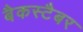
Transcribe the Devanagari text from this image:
बैकस्टैबर